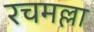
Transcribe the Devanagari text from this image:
रचमल्ला